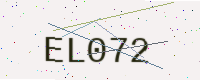
Text: EL072